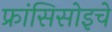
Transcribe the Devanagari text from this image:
फ्रांसिसोइचे